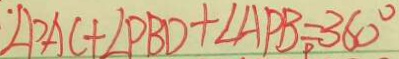
\angle P A C + \angle P B D + \angle A P B = 3 6 0 ^ { \circ }